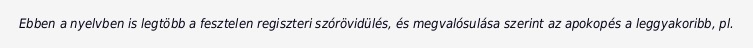
Ebben a nyelvben is legtöbb a fesztelen regiszteri szórövidülés, és megvalósulása szerint az apokopés a leggyakoribb, pl.